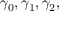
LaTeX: \gamma _ { 0 } , \gamma _ { 1 } , \gamma _ { 2 } ,